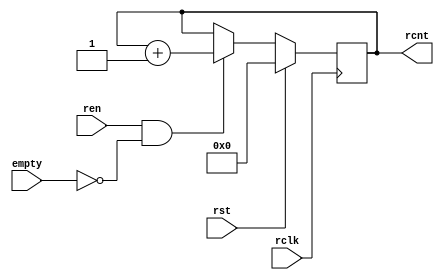
module read_counter #(parameter ADDRSIZE=4)(
			input rst,
			input rclk,
			input ren,
			input empty,
			output [ADDRSIZE:0] rcnt
				);
	
	assign rcnt = rcount;
	reg [ADDRSIZE:0] rcount;
	
	always @(posedge rclk) begin
		if(rst)
			rcount<=0;
		else if(ren && !empty) begin
			rcount<=rcount+1;
		end
	end



endmodule